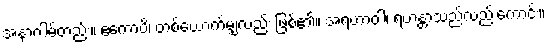
အနာဂါမ်တည်း။ ဧကောပိ၊ တစ်ယောက်မျှလည်း ဖြစ်၏။ အရဟာဝါ၊ ရဟန္တာသည်လည်းကောင်း။